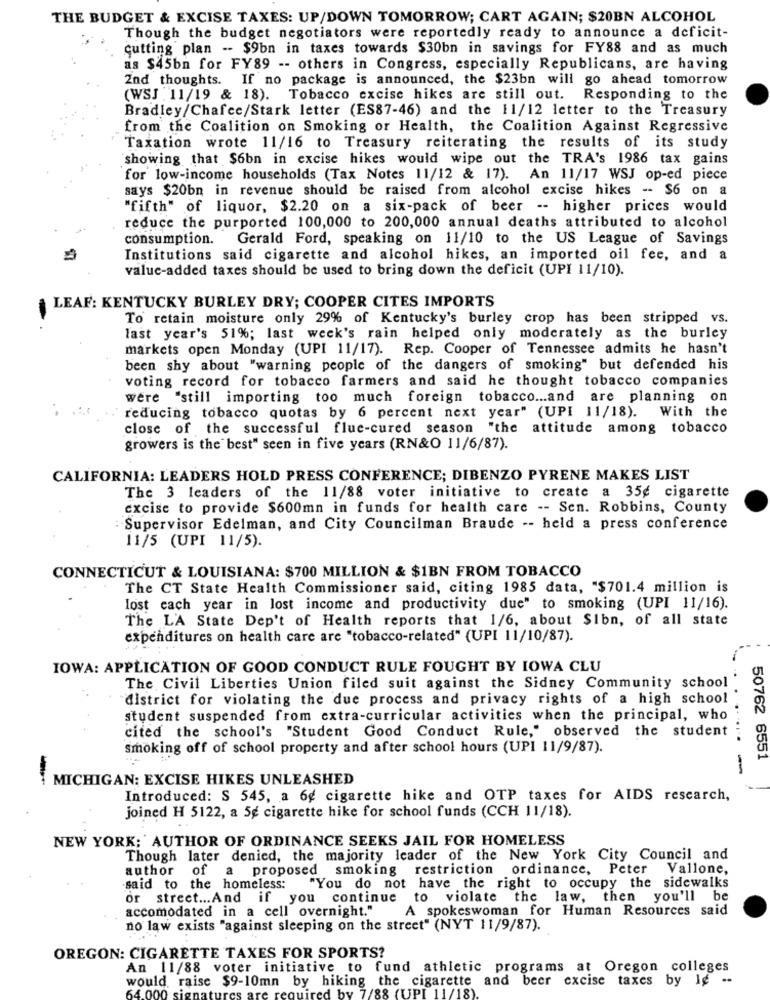
THE BUDGET & EXCISE TAXES: UP/DOWN TOMORROW; CART AGAIN; $20BN ALCOHOL
Though the budget negotiators were reportedly ready to announce a deficit-
cutting plan -- $9bn in taxes towards $30bn in savings for FY88 and as much
as $45bn for FY89 -- others in Congress, especially Republicans, are having
2nd thoughts. If no package is announced, the $23bn will go ahead tomorrow
(WSJ : 11/19 & 18). Tobacco excise hikes are still out. Responding to the
Bradley/Chafee/Stark letter (ES87-46) and the 11/12 letter to the Treasury
from the Coalition on Smoking or Health, the Coalition Against Regressive
Taxation wrote 11/16 to Treasury reiterating the results of its study
showing that $6bn in excise hikes would wipe out the TRA's 1986 tax gains
for low-income households (Tax Notes 11/12 & 17). An 11/17 WSJ op-ed piece
says $20bn in revenue should be raised from alcohol excise hikes -- $6 on a
"fifth" of liquor, $2.20 on a six-pack of beer -- higher prices would
reduce the purported 100,000 to 200,000 annual deaths attributed to alcohol
consumption.
Gerald Ford, speaking on 11/10 to the US League of Savings
Institutions said cigarette and alcohol hikes, an imported oil fee, and a
value-added taxes should be used to bring down the deficit (UPI 11/10).
LEAF: KENTUCKY BURLEY DRY; COOPER CITES IMPORTS
To retain moisture only 29% of Kentucky's burley crop has been stripped vs.
last year's 51%; last week's rain helped only moderately as the burley
markets open Monday (UPI 11/17). Rep. Cooper of Tennessee admits he hasn't
been shy about "warning people of the dangers of smoking" but defended his
voting record for tobacco farmers and said he thought tobacco companies
were "still importing too much foreign tobacco ... and are planning
on
reducing tobacco quotas by 6 percent next year" (UPI 11/18).
With the
close of the successful flue-cured season "the attitude among tobacco
growers is the best" seen in five years (RN&O 11/6/87).
CALIFORNIA: LEADERS HOLD PRESS CONFERENCE; DIBENZO PYRENE MAKES LIST
The 3 leaders of the 11/88 voter initiative to create a 35g cigarette
excise to provide $600mn in funds for health care -- Sen. Robbins, County
: Supervisor Edelman, and City Councilman Braude -- held a press conference
11/5 (UPI 11/5).
CONNECTICUT & LOUISIANA: $700 MILLION & $1BN FROM TOBACCO
The CT State Health Commissioner said, citing 1985 data, "$701.4 million is
lost each year in lost income and productivity due" to smoking (UPI 11/16).
The L'A State Dep't of Health reports that 1/6, about Sibn, of all state
expenditures on health care are "tobacco-related" (UPI 11/10/87).
IOWA: APPLICATION OF GOOD CONDUCT RULE FOUGHT BY IOWA CLU
The Civil Liberties Union filed suit against the Sidney Community school
district for violating the due process and privacy rights of a high school
student suspended from extra-curricular activities when the principal, who
cited the school's "Student Good Conduct Rule," observed the student
smoking off of school property and after school hours (UPI 11/9/87).
50762 6551
MICHIGAN: EXCISE HIKES UNLEASHED
Introduced: S 545, a 6g cigarette hike and OTP taxes for AIDS research,
joined H 5122, a 5g cigarette hike for school funds (CCH 11/18).
NEW YORK; AUTHOR OF ORDINANCE SEEKS JAIL FOR HOMELESS
Though later denied, the majority leader of the New York City Council and
author of a proposed smoking restriction ordinance, Peter
Vallone,
said to the homeless:
"You do not have the right to occupy the sidewalks
or street ... And if you continue to violate the law, then you'll be
accomodated in a cell overnight."
A spokeswoman for Human Resources said
no law exists "against sleeping on the street" (NYT 11/9/87).
OREGON: CIGARETTE TAXES FOR SPORTS?
An 11/88 voter initiative to fund athletic programs at Oregon colleges
would raise $9-10mn by hiking the cigarette and beer excise taxes by lg --
64 000
d by 7/88 (UPI 11/18).